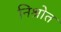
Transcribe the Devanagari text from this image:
निश्रोत